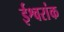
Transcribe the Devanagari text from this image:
ईश्वरांक